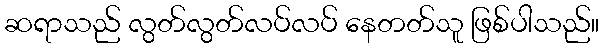
ဆရာသည် လွတ်လွတ်လပ်လပ် နေတတ်သူ ဖြစ်ပါသည်။